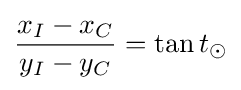
{\frac {x_{I}-x_{C}}{y_{I}-y_{C}}}=\operatorname {tan} t_{\odot }